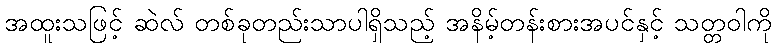
အထူးသဖြင့် ဆဲလ် တစ်ခုတည်းသာပါရှိသည့် အနိမ့်တန်းစားအပင်နှင့် သတ္တဝါကို